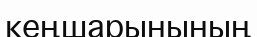
кеңшарынының